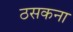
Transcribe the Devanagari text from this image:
ठसकना